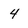
Character: 4